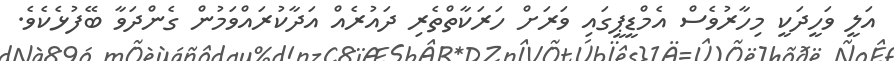
އަލީ ވަހީދަކީ މިހާރުވެސް އެމްޑީޕީގައި ވަރަށް ހަރަކާތްތެރި ދައުރެއް އަދާކުރައްވަމުން ގެންދަވާ ބޭފުޅެކެވެ.